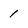
Character: 1